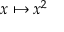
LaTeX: x \mapsto x ^ { 2 }